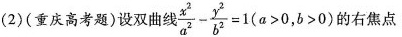
(2)(重庆高考题)设双曲线$$\frac { x ^ { 2 } } { a ^ { 2 } } - \frac { y ^ { 2 } } { b ^ { 2 } } = 1$$($$a > 0$$,$$b > 0$$) 右焦点